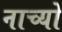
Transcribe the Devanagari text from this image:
नाच्यो